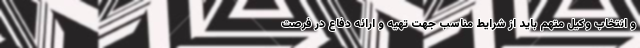
و انتخاب وکیل متهم باید از شرایط مناسب جهت تهیه و ارائه دفاع در فرصت